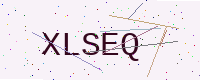
Text: XLSEQ